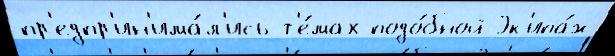
пр'едпр'ин'има́л'ись т'е́мах подо́бной Эк'ипа́ж